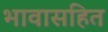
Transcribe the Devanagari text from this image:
भावासहित